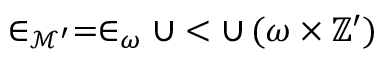
\in _ { { \mathcal { M } } ^ { \prime } } = \in _ { \omega } \cup < \cup \, ( \omega \times \mathbb { Z } ^ { \prime } )